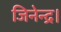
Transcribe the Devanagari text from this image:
जिनेन्द्र।